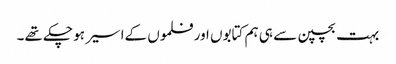
بہت بچپن سے ہی ہم کتابوں اور فلموں کےاسیر ہو چکے تھے۔